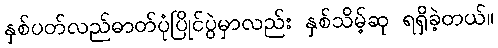
နှစ်ပတ်လည်ဓာတ်ပုံပြိုင်ပွဲမှာလည်း နှစ်သိမ့်ဆု ရရှိခဲ့တယ်။